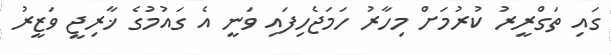
ގައި ތަގްރީރު ކުރުމަށް މިހާރު ހަމަޖެހިފައި ވަނީ އެ ގައުމުގެ ޚާރިޖީ ވަޒީރު